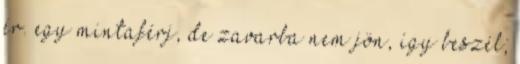
ér. egy mintaférj, de zavarba nem jön, így beszél;